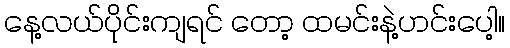
နေ့လယ်ပိုင်းကျရင် တော့ ထမင်းနဲ့ဟင်းပေါ့။